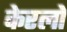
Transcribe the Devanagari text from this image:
केरलों